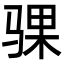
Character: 骒